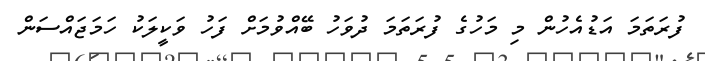
ފުރަތަމަ އަޑުއެހުން މި މަހުގެ ފުރަތަމަ ދުވަހު ބޭއްވުމަށް ފަހު ވަކީލަކު ހަމަޖައްސަން